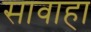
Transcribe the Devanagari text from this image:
सावाहा